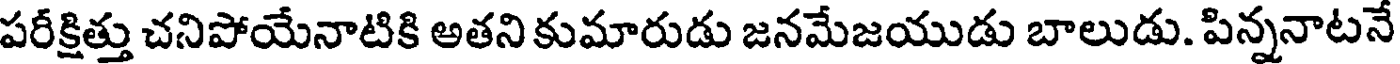
పరీక్షిత్తు చనిపోయేనాటికి అతని కుమారుడు జనమేజయుడు బాలుడు. పిన్ననాటనే